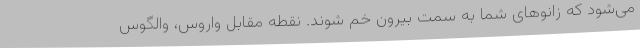
می‌شود که زانوهای شما به سمت بیرون خم شوند. نقطه مقابل واروس، والگوس